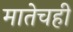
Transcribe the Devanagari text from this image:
मातेचही